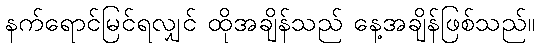
နက်ရောင်မြင်ရလျှင် ထိုအချိန်သည် နေ့အချိန်ဖြစ်သည်။